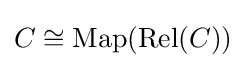
C\cong \operatorname {Map} (\operatorname {Rel} (C))